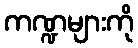
ကဏ္ဍများကို